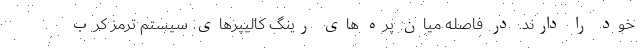
خود را دارند. در فاصله میان پره های رینگ کالیپرهای سیستم ترمز کرب